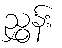
ညွှန်း